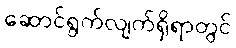
ဆောင်ရွက်လျက်ရှိရာတွင်